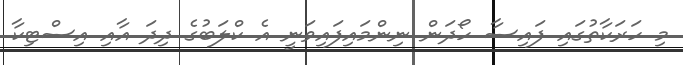
މި ހަރަކާތުގައި ފައިސާ ހޯދަން ނިންމައިފައިވަނީ އެ ކްލަބުގެ ދިދަ އާއި އިސްޓިކާ